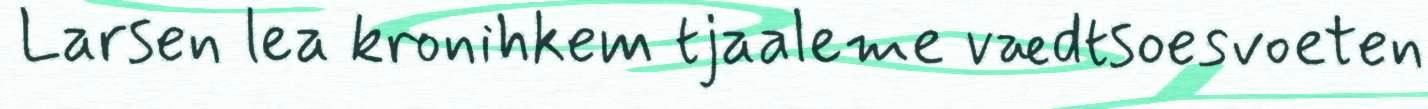
Larsen lea kronihkem tjaaleme vædtsoesvoeten